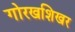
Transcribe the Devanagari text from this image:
गोरखशिखर